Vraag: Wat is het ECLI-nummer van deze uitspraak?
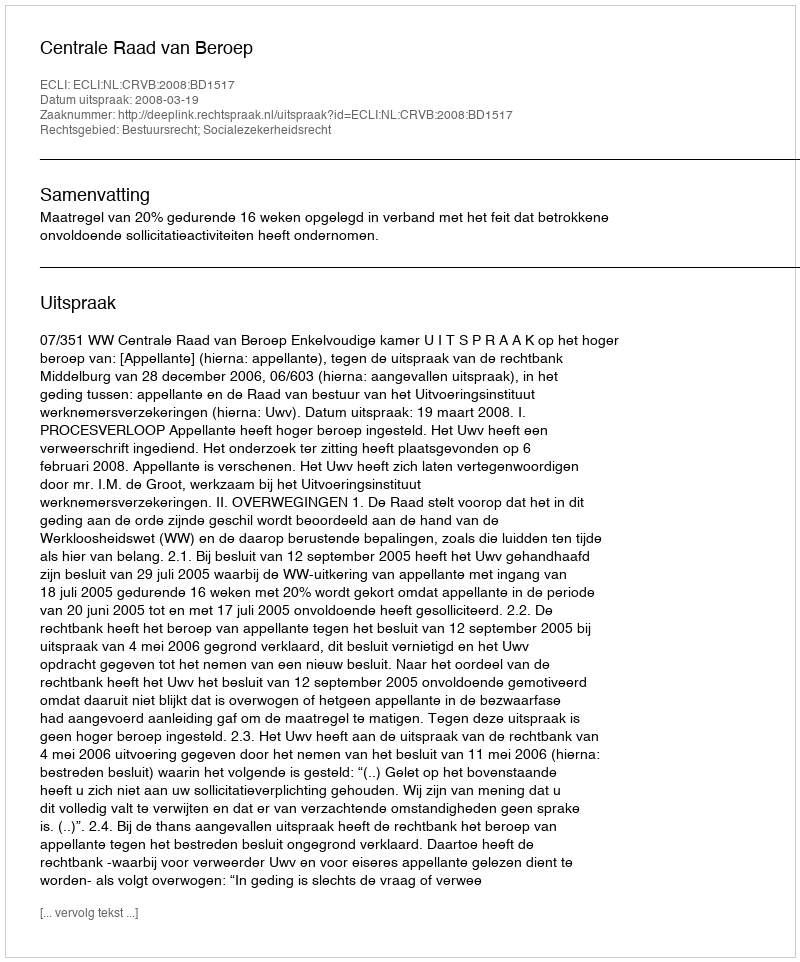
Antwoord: ECLI:NL:CRVB:2008:BD1517